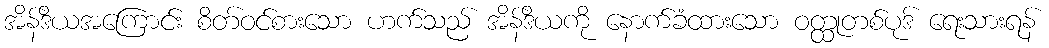
အိန်ဒိယအကြောင်း စိတ်ဝင်စားသော ဟက်သည် အိန်ဒိယကို နောက်ခံထားသော ဝတ္ထုတစ်ပုဒ် ရေးသားရန်